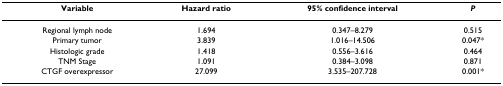
<table><thead><tr><td><b>Variable</b></td><td><b>Hazard ratio</b></td><td><b>95% confidence interval</b></td><td><b><i>P</i></b></td></tr></thead><tbody><tr><td>Regional lymph node</td><td>1.694</td><td>0.347–8.279</td><td>0.515</td></tr><tr><td>Primary tumor</td><td>3.839</td><td>1.016–14.506</td><td>0.047*</td></tr><tr><td>Histologic grade</td><td>1.418</td><td>0.556–3.616</td><td>0.464</td></tr><tr><td>TNM Stage</td><td>1.091</td><td>0.384–3.098</td><td>0.871</td></tr><tr><td>CTGF overexpressor</td><td>27.099</td><td>3.535–207.728</td><td>0.001*</td></tr></tbody></table>